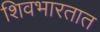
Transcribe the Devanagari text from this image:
शिवभारतात